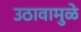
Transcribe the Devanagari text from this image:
उठावामुळे